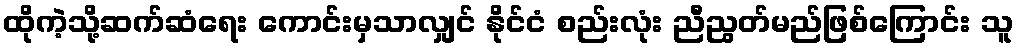
ထိုကဲ့သို့ဆက်ဆံရေး ကောင်းမှသာလျှင် နိုင်ငံ စည်းလုံး ညီညွတ်မည်ဖြစ်ကြောင်း သူ